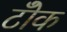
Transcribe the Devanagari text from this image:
टोँक